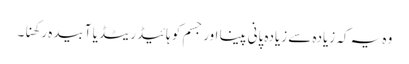
وہ یہ کہ زیادہ سے زیادہ پانی پینا اور جسم کو ہائیڈریٹڈ یا آبیدہ رکھنا۔